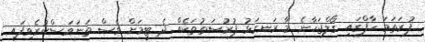
ފުރަތަމަ ހާފްގައި ގޯލްޖަހާނެ މާ ރަނގަޅު ފުރުސަތުތަކެއް ދެ ޓީމަށް ވެސް ތަނަވަސްކުރެވިފައި